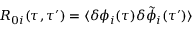
R _ { 0 i } ( \tau , \tau ^ { \prime } ) = \langle \delta \phi _ { i } ( \tau ) \delta \tilde { \phi } _ { i } ( \tau ^ { \prime } ) \rangle